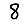
Digit: 8